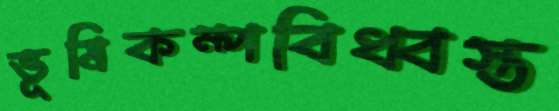
ভূমিকম্পবিধ্বস্ত